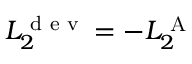
L _ { 2 } ^ { \textrm { d e v } } = - L _ { 2 } ^ { \textrm { A } }